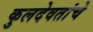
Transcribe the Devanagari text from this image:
कुलदेवतांचे